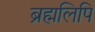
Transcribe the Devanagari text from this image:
ब्रह्मलिपि